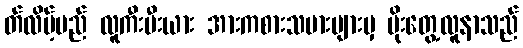
တ်လိမ့်မည် လူကီးမီးယား အားကစားသမားများမှ ပိုးတွေ့လူနာသည်